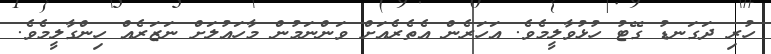
ހުރި ދަގަނޑު ގޭޓު ހުޅުވާލީމެވެ. އަހަރެން އެތެރެއަށް ވަންނަމުން މާހައުލަށް ނަޒަރެއް ހިންގާލީމެވެ.